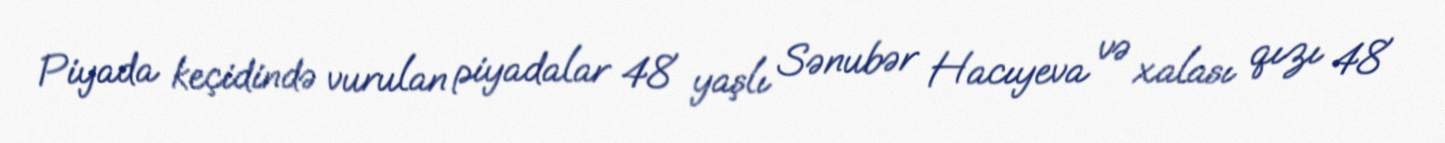
Piyada keçidində vurulan piyadalar 48 yaşlı Sənubər Hacıyeva və xalası qızı 48